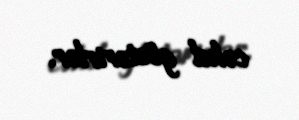
cəhd göstərirlər.